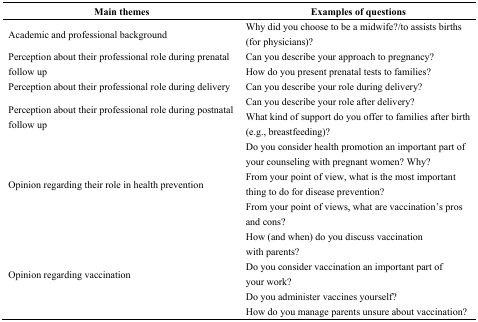
<table><thead><tr><td><b>Main themes</b></td><td><b>Examples of questions</b></td></tr></thead><tbody><tr><td>Academic and professional background</td><td>Why did you choose to be a midwife?/to assists births (for physicians)?</td></tr><tr><td>Perception about their professional role during prenatal follow up</td><td>Can you describe your approach to pregnancy? How do you present prenatal tests to families?</td></tr><tr><td>Perception about their professional role during delivery</td><td>Can you describe your role during delivery?</td></tr><tr><td>Perception about their professional role during postnatal follow up</td><td>Can you describe your role after delivery? What kind of support do you offer to families after birth (e.g., breastfeeding)?</td></tr><tr><td>Opinion regarding their role in health prevention</td><td>Do you consider health promotion an important part of your counseling with pregnant women? Why? From your point of view, what is the most important thing to do for disease prevention? From your point of views, what are vaccination’s pros and cons?</td></tr><tr><td>Opinion regarding vaccination</td><td>How (and when) do you discuss vaccination with parents? Do you consider vaccination an important part of your work? Do you administer vaccines yourself? How do you manage parents unsure about vaccination?</td></tr></tbody></table>